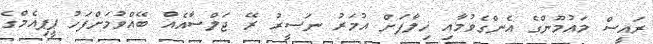
ރައީސް މައުމޫންގެ އެންގެވުމާއި ޚިލާފަށް އުމަރު ނަސީރު ރޭ ޖަލްސާއެއް ބޭއްވުމަށްފަހު ޕީޕިއެމްގެ